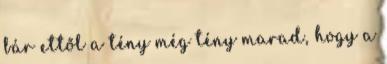
bár ettől a tény még tény marad, hogy a